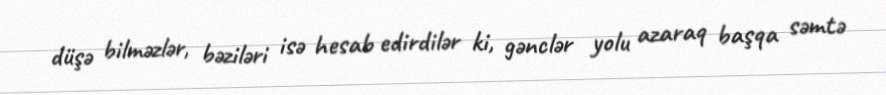
düşə bilməzlər, bəziləri isə hesab edirdilər ki, gənclər yolu azaraq başqa səmtə